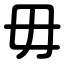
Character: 毋